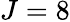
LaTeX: J=8